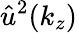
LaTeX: \hat{u}^{2}(k_{z})